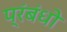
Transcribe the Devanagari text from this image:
प्रंबंधो